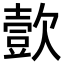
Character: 㱅